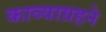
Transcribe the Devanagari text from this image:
काव्याग्रहने